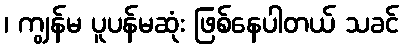
၊ ကျွန်မ ပူပန်မဆုံး ဖြစ်နေပါတယ် သခင်